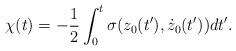
\begin{align*}\chi(t)=-\frac{1}{2}\int_{0}^{t}\sigma(z_{0}(t^{\prime}),\dot{z}_{0}(t^{\prime}))dt^{\prime}. \end{align*}